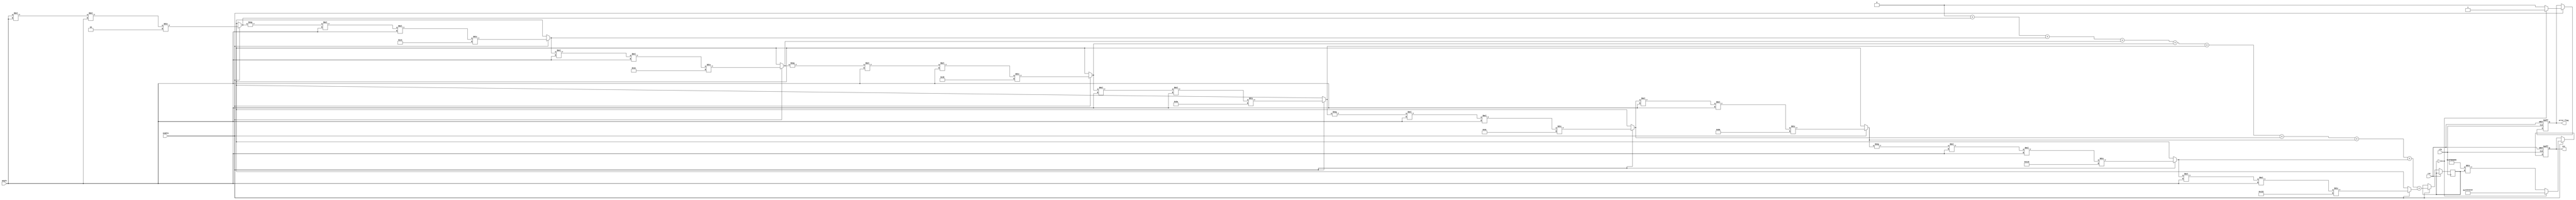
module csc_block (
    input wire clk,
    input wire rst,
    input wire enable,
    input wire [31:0] angle, // Input angle in radians (floating-point or fixed-point)
    output reg [31:0] csc,   // Cosecant output (floating-point or fixed-point)
    output reg error_flag     // Error flag for division by zero
);

// Parameters
parameter WIDTH = 32; // Width of the input/output
parameter PI = 32'h40490FDB; // Approximation of  in IEEE 754 floating-point format

// Internal signals
reg [31:0] sin_val;
reg signed [63:0] sin_approx; // Extended precision for sine approximation

// Sine approximation using Taylor series
function [31:0] sin_taylor;
    input [31:0] x; // Input angle in radians
    reg signed [31:0] term;
    reg signed [63:0] sum;
    integer i;
    begin
        sum = 0;
        term = x; // First term is x
        for (i = 1; i < 10; i = i + 1) begin // Compute first 10 terms
            if (i % 2 == 0) begin
                term = -term * x * x / ((2 * i) * (2 * i + 1)); // Update term for sine series
            end else begin
                term = term * x * x / ((2 * i - 1) * (2 * i)); // Update term
            end
            sum = sum + term; // Sum the terms
        end
        sin_taylor = sum[31:0]; // Return sine approximation
    end
endfunction

// Sequential logic
always @(posedge clk or posedge rst) begin
    if (rst) begin
        csc <= 32'b0;
        error_flag <= 1'b0;
    end else if (enable) begin
        // Calculate sine of the angle
        sin_val <= sin_taylor(angle);

        // Check for division by zero
        if (sin_val == 32'b0) begin
            csc <= 32'h7FFFFFFF; // Representing infinity in fixed-point (or NaN)
            error_flag <= 1'b1;
        end else begin
            error_flag <= 1'b0;
            // Compute cosecant as the reciprocal of sine
            csc <= (32'h3F800000 / sin_val); // 32'h3F800000 represents 1.0 in float (IEEE 754)
        end
    end
end

endmodule